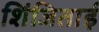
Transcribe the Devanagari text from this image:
शिंजिताई